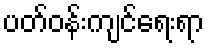
ပတ်ဝန်းကျင်ရေးရာ